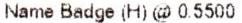
NAME BADGE (H) @ 0.5500